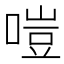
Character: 𠹛